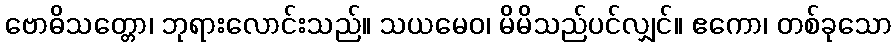
ဗောဓိသတ္တော၊ ဘုရားလောင်းသည်။ သယမေဝ၊ မိမိသည်ပင်လျှင်။ ဧကော၊ တစ်ခုသော